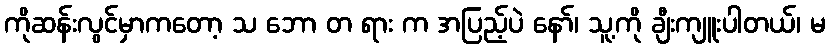
ကိုဆန်းလွင်မှာကတော့ သ ဘော တ ရား က အပြည့်ပဲ နော်၊ သူ့ကို ချီးကျူးပါတယ်၊ မ